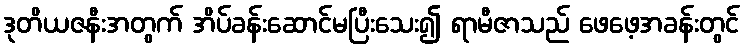
ဒုတိယဇနီးအတွက် အိပ်ခန်းဆောင်မပြီးသေး၍ ရာမီဇာသည် ဖေဖေ့အခန်းတွင်